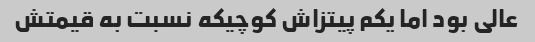
عالی بود اما یکم پیتزاش کوچیکه نسبت به قیمتش